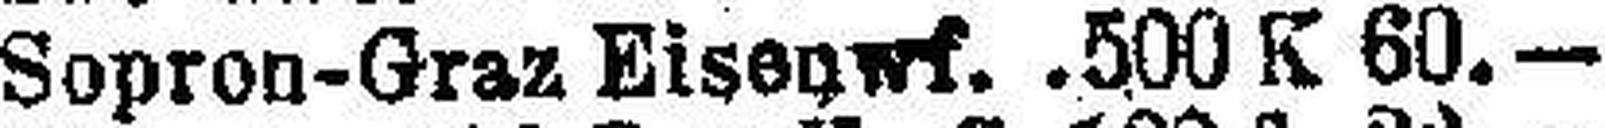
Sopron-Graz Eisenwf. 500 K 60.—